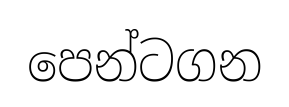
පෙන්ටගන